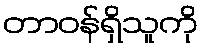
တာဝန်ရှိသူကို